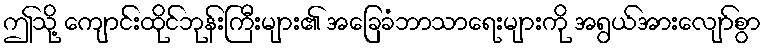
ဤသို့ ကျောင်းထိုင်ဘုန်းကြီးများ၏ အခြေခံဘာသာရေးများကို အရွယ်အားလျော်စွာ